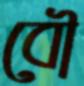
বৌ